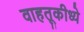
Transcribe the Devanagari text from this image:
वाहतूकीध्ये